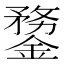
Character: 䥐